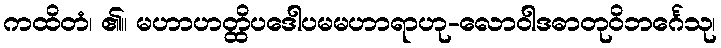
ကထိတံ၊ ၏။ မဟာဟတ္ထိပဒေါပမမဟာရာဟု-လောဝါဒဓာတုဝိဘင်္ဂေသု၊